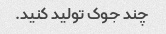
چند جوک تولید کنید.